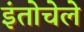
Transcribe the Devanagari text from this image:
इंतोचेले